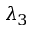
\lambda _ { 3 }